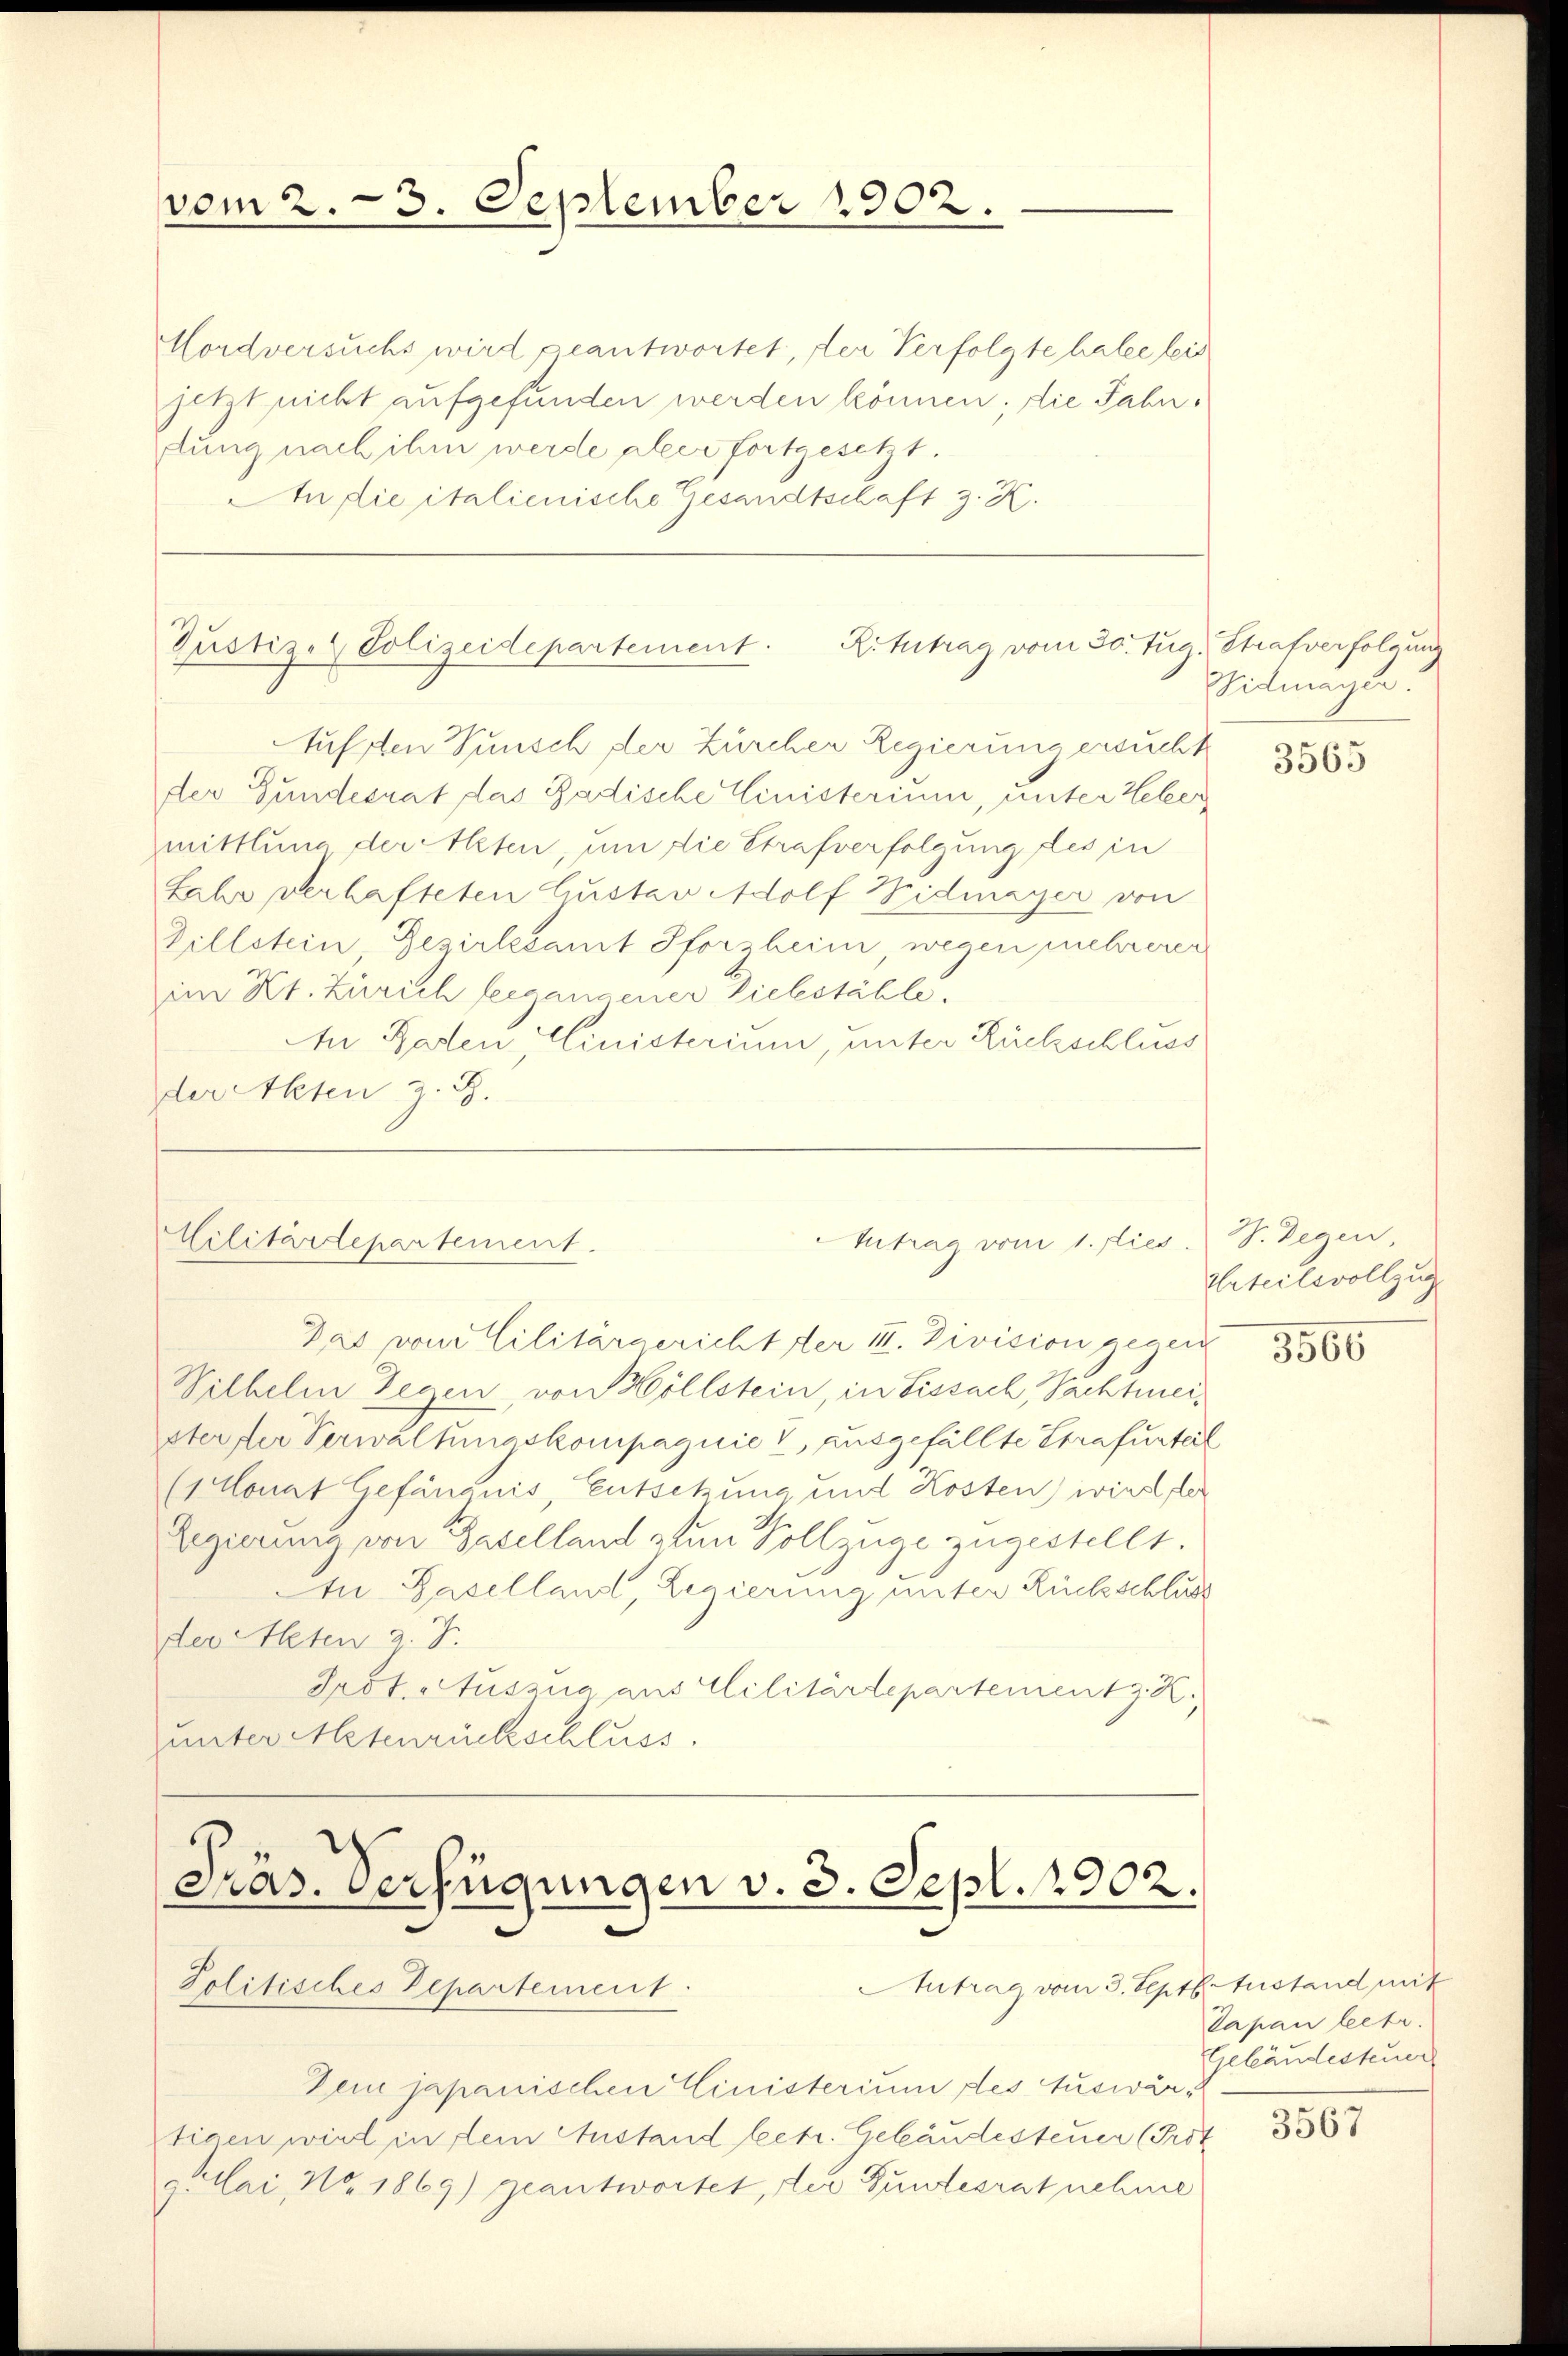
vom 2. 3. September 1902.

Mordversuchs wird geantwortet, der Verfolgte halte bis
jetzt nicht aufgefunden werden können; die Jahndung nach ihm werde aber fortgesetzt.
An die italienische Gesandtschaft z. K.
Aufsten Wunsch der Zürcher Regierung ersucht
der Gundesrat das Badische Einisterium, unter Weber
mittlung der Alten, um die Strafverfolgung des in
Jahr verhafteten Gustav Adolf Widmayer von
Zillstein, Bezirksamt Pforzheim, wegen mehrerer
im Kt. Zürich fergangener Vielestähle.
An Parten Cinisterium, unter Rückschluss
der Akten z. B.

Justiz- & Polizeidepartement.

Militärdepartement.

Ritntrag vom 30. Jun. Strafverfolgung

Intrag vom 1. dies. S. Degen

Das von Cilitärgericht der III. Division gegen
Wilhelm Gegen, von Hollstein, in Lissach, Pachtmeister der Verwaltungskompagnie & ausgefällte Strafurteil
(1 Monat Gefängnis, Entsetzung und Kosten) wird der
Regierung von Baselland zum Vollzüge zugestellt.
Au Basellant, Regierung unter Rückschluss
der Alten 2. J.
Prot. Auszug aus Militärtepartement z. R.
unter Mesenrückschluss.

Präs. Verfügungen v. 3. Sept. 1902.
Antrag vom 3. Septb. Austand mit
Politisches Departement

Dein japanischen Einisterium des Auswärtigen wird in dem Anstand betr. Gebäudesteuer (Prot
plai, No. 1869) geantwortet, der Bundesrat nehme

Widmayer.

3565

Urteilsvollzug

3566

Tapan leetr.
Gebäudesteuer

3567